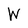
Character: W